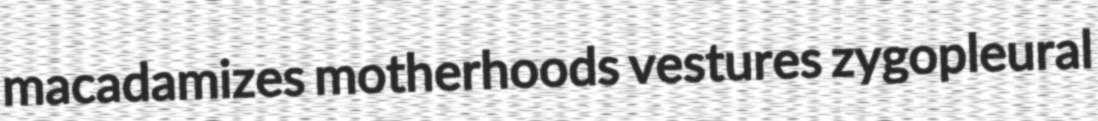
macadamizes motherhoods vestures zygopleural